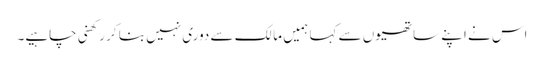
اس نے اپنے ساتھیوں سے کہا ہمیں مالک سے دوری نہیں بنا کر رکھنی چاہیے۔